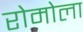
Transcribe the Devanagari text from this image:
रोमोला